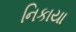
નિકાયા